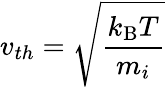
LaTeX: v_{th}={\sqrt{\frac{k_{\mathrm{{B}}}T}{m_{i}}}}